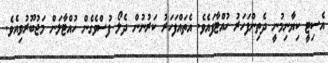
އެސިޓީ ކިޔާނިމުނީ ދެތިންފަހަރު ހުއްޓާފައެވެ. އެތައްފަހަރު ކަރުނުން ދެލޯ ފުސްވެގެން ހުއްޓާލަން މަޖުބޫރުވިއެވެ.